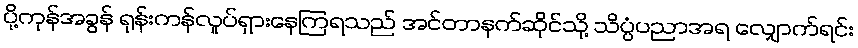
ပို့ကုန်အခွန် ရုန်းကန်လှုပ်ရှားနေကြရသည် အင်တာနက်ဆိုင်သို့ သိပ္ပံပညာအရ လျှောက်ရင်း